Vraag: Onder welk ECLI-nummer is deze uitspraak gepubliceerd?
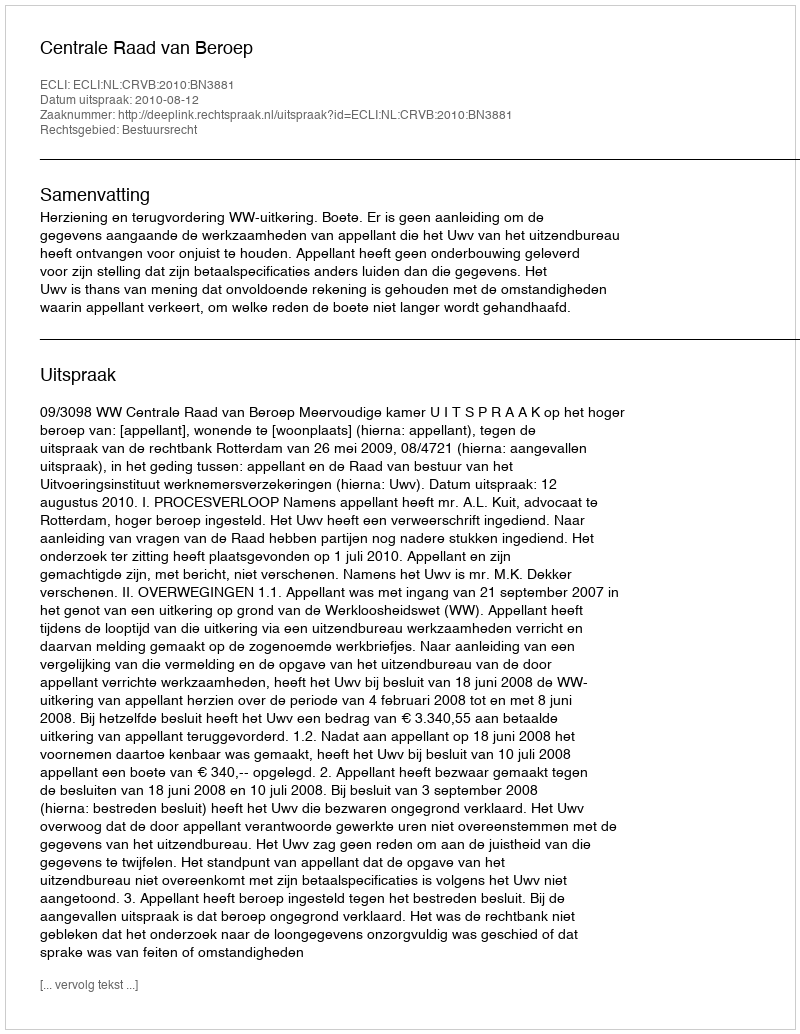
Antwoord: ECLI:NL:CRVB:2010:BN3881